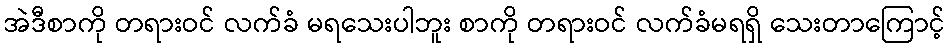
အဲဒီစာကို တရားဝင် လက်ခံ မရသေးပါဘူး စာကို တရားဝင် လက်ခံမရရှိ သေးတာကြောင့်